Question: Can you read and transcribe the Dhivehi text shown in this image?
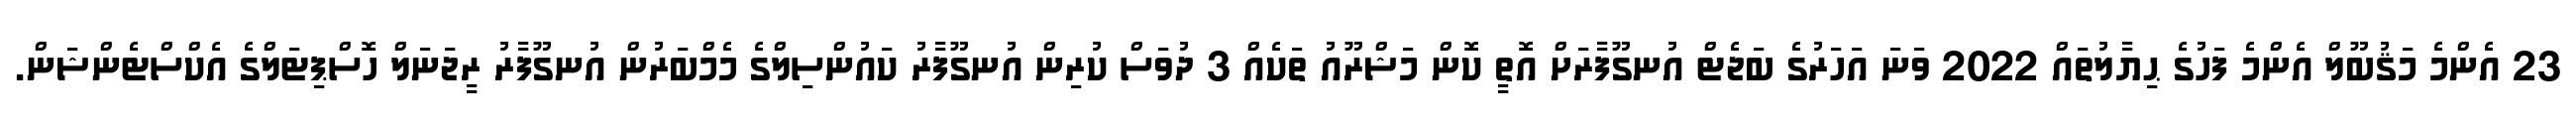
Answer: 23 އެންމެ މަޤުބޫލް އެންމެ ފަހުގެ ޙިޔާލުތައް 2022 ވަނަ އަހަރުގެ ބަޖެޓް އުނގޫފާރަށް އޮތީ ކޮން މަޝްރޫއު ތަކެއް 3 ދުވަސް ކުރިން އުނގޫފާރު ކައުންސިލްގެ މެމްބަރުން އުނގޫފާރު ރީޖަނަލް ހޮސްޕިޓަލްގެ އެކްސްޓެންޝަން.